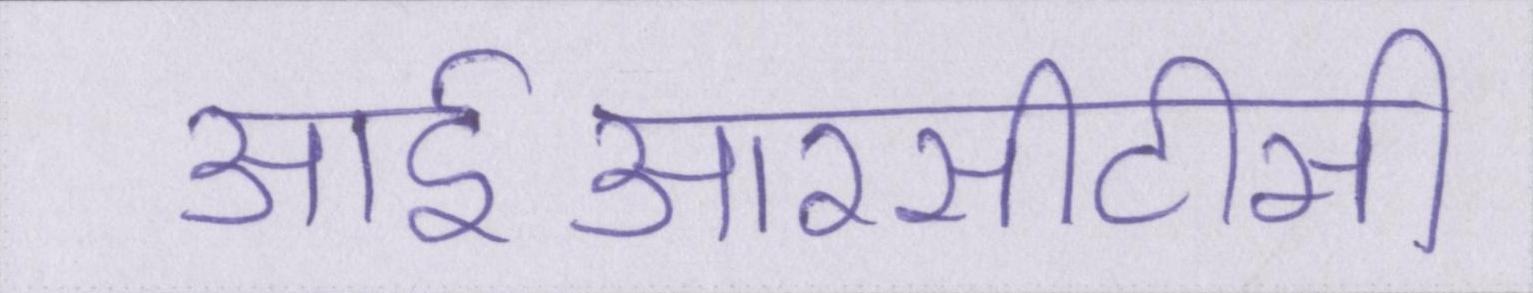
आईआरसीटीसी